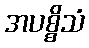
အပစ္စိသံ